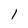
Character: 1